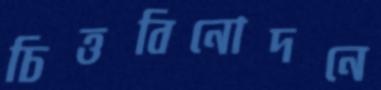
চিত্তবিনোদনে